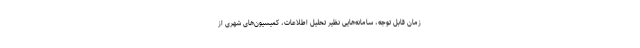
زمان قابل توجه، سامانه‌هایی نظیر تحلیل اطلاعات، کمیسیون‌های شهری از